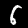
Label: 6